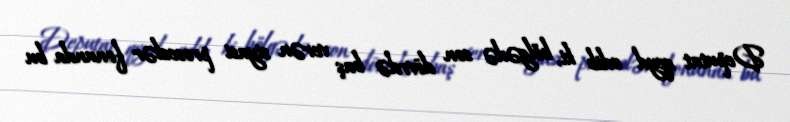
Deputat qeyd edib ki, bölgədə son dövrdə baş verən siyasi proseslər fonunda bu